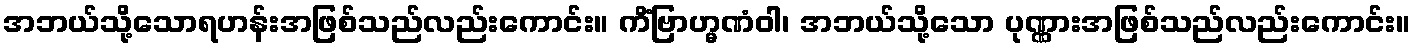
အဘယ်သို့သောရဟန်းအဖြစ်သည်လည်းကောင်း။ ကိံဗြာဟ္မဏံဝါ၊ အဘယ်သို့သော ပုဏ္ဏားအဖြစ်သည်လည်းကောင်း။